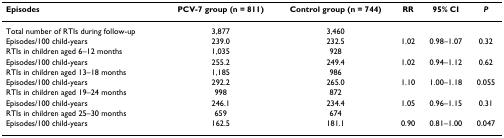
<table><thead><tr><td><b>Episodes</b></td><td><b>PCV-7 group (n = 811)</b></td><td><b>Control group (n = 744)</b></td><td><b>RR</b></td><td><b>95% CI</b></td><td><b><i>P</i></b></td></tr></thead><tbody><tr><td>Total number of RTIs during follow-up</td><td>3,877</td><td>3,460</td><td></td><td></td><td></td></tr><tr><td>Episodes/100 child-years</td><td>239.0</td><td>232.5</td><td>1.02</td><td>0.98–1.07</td><td>0.32</td></tr><tr><td>RTIs in children aged 6–12 months</td><td>1,035</td><td>928</td><td></td><td></td><td></td></tr><tr><td>Episodes/100 child-years</td><td>255.2</td><td>249.4</td><td>1.02</td><td>0.94–1.12</td><td>0.62</td></tr><tr><td>RTIs in children aged 13–18 months</td><td>1,185</td><td>986</td><td></td><td></td><td></td></tr><tr><td>Episodes/100 child-years</td><td>292.2</td><td>265.0</td><td>1.10</td><td>1.00–1.18</td><td>0.055</td></tr><tr><td>RTIs in children aged 19–24 months</td><td>998</td><td>872</td><td></td><td></td><td></td></tr><tr><td>Episodes/100 child-years</td><td>246.1</td><td>234.4</td><td>1.05</td><td>0.96–1.15</td><td>0.31</td></tr><tr><td>RTIs in children aged 25–30 months</td><td>659</td><td>674</td><td></td><td></td><td></td></tr><tr><td>Episodes/100 child-years</td><td>162.5</td><td>181.1</td><td>0.90</td><td>0.81–1.00</td><td>0.047</td></tr></tbody></table>